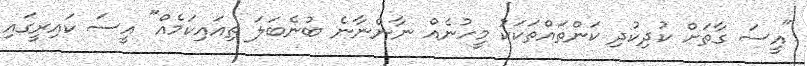
"އީސަ ގާތަށް ކުދިކުދި ކަންތައްތަކަކު މީހުނެއް ނާންނާނެ ބުނެބަލަ ތިއައިކަމެއް" އީސަ ކައިރީގައި